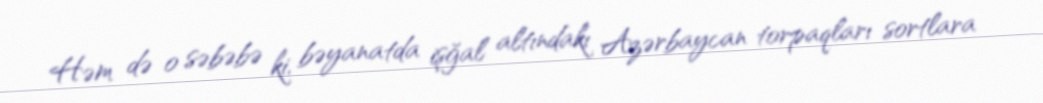
Həm də o səbəbə ki, bəyanatda işğal altındakı Azərbaycan torpaqları sortlara